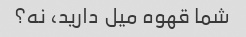
شما قهوه میل دارید، نه؟